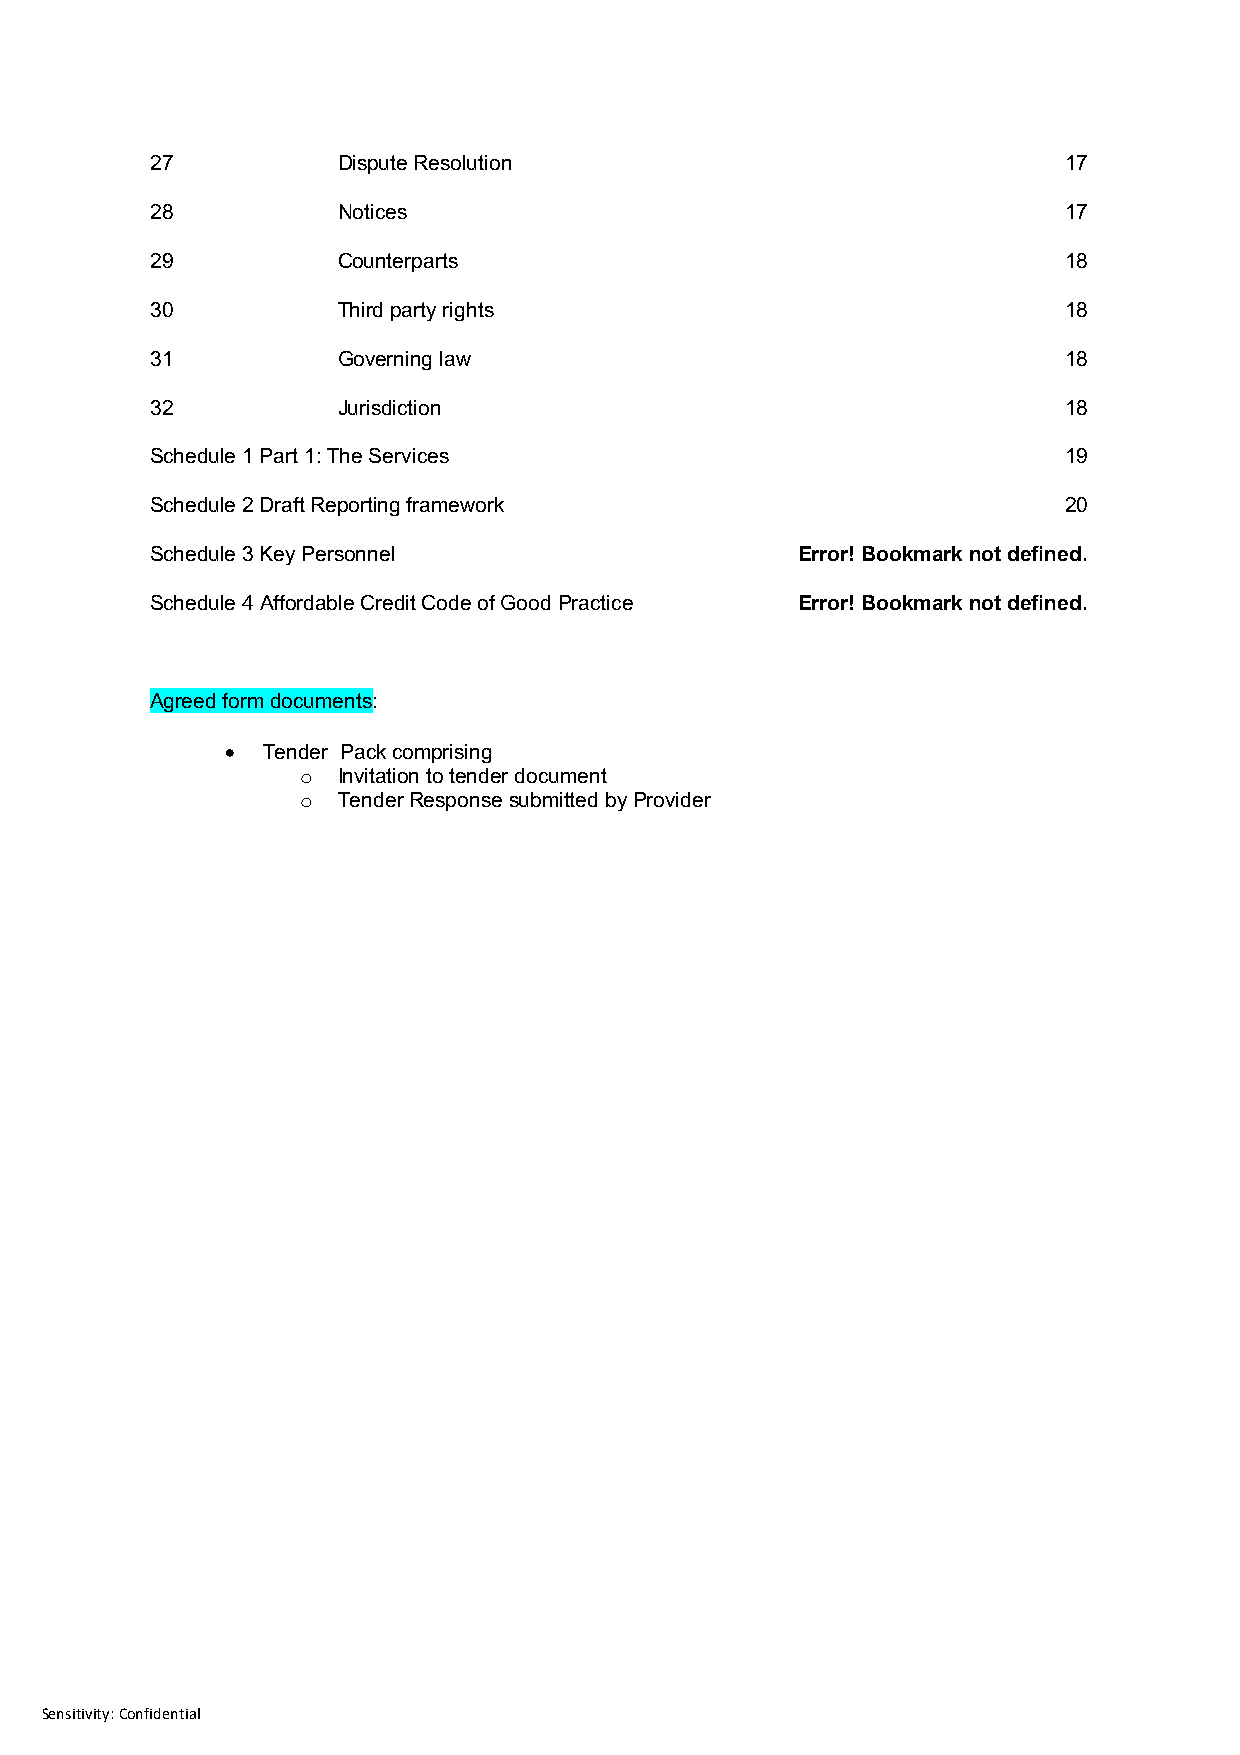
27          Dispute Resolution                              17
 28          Notices                                         17
 29          Counterparts                                    18
 30          Third party rights                              18
 31          Governing law                                   18
 32          Jurisdiction                                    18
 Schedule 1 Part 1: The Services                             19
 Schedule 2 Draft Reporting framework                        20
 Schedule 3 Key Personnel                   Error! Bookmark not defined.
 Schedule 4 Affordable Credit Code of Good Practice Error! Bookmark not defined.
 Agreed form documents:
 • Tender Pack comprising
 o Invitation to tender document
 o Tender Response submitted by Provider
 Sensitivity: Confidential